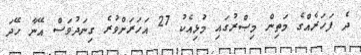
ދެ ފަހަރެއްގެ މަތިން މިޞްރުގައި މުޅިއެކު 27 އަހަރަށްވުރެ ގިނަދުވަސް އޭނާ ހޭދަ